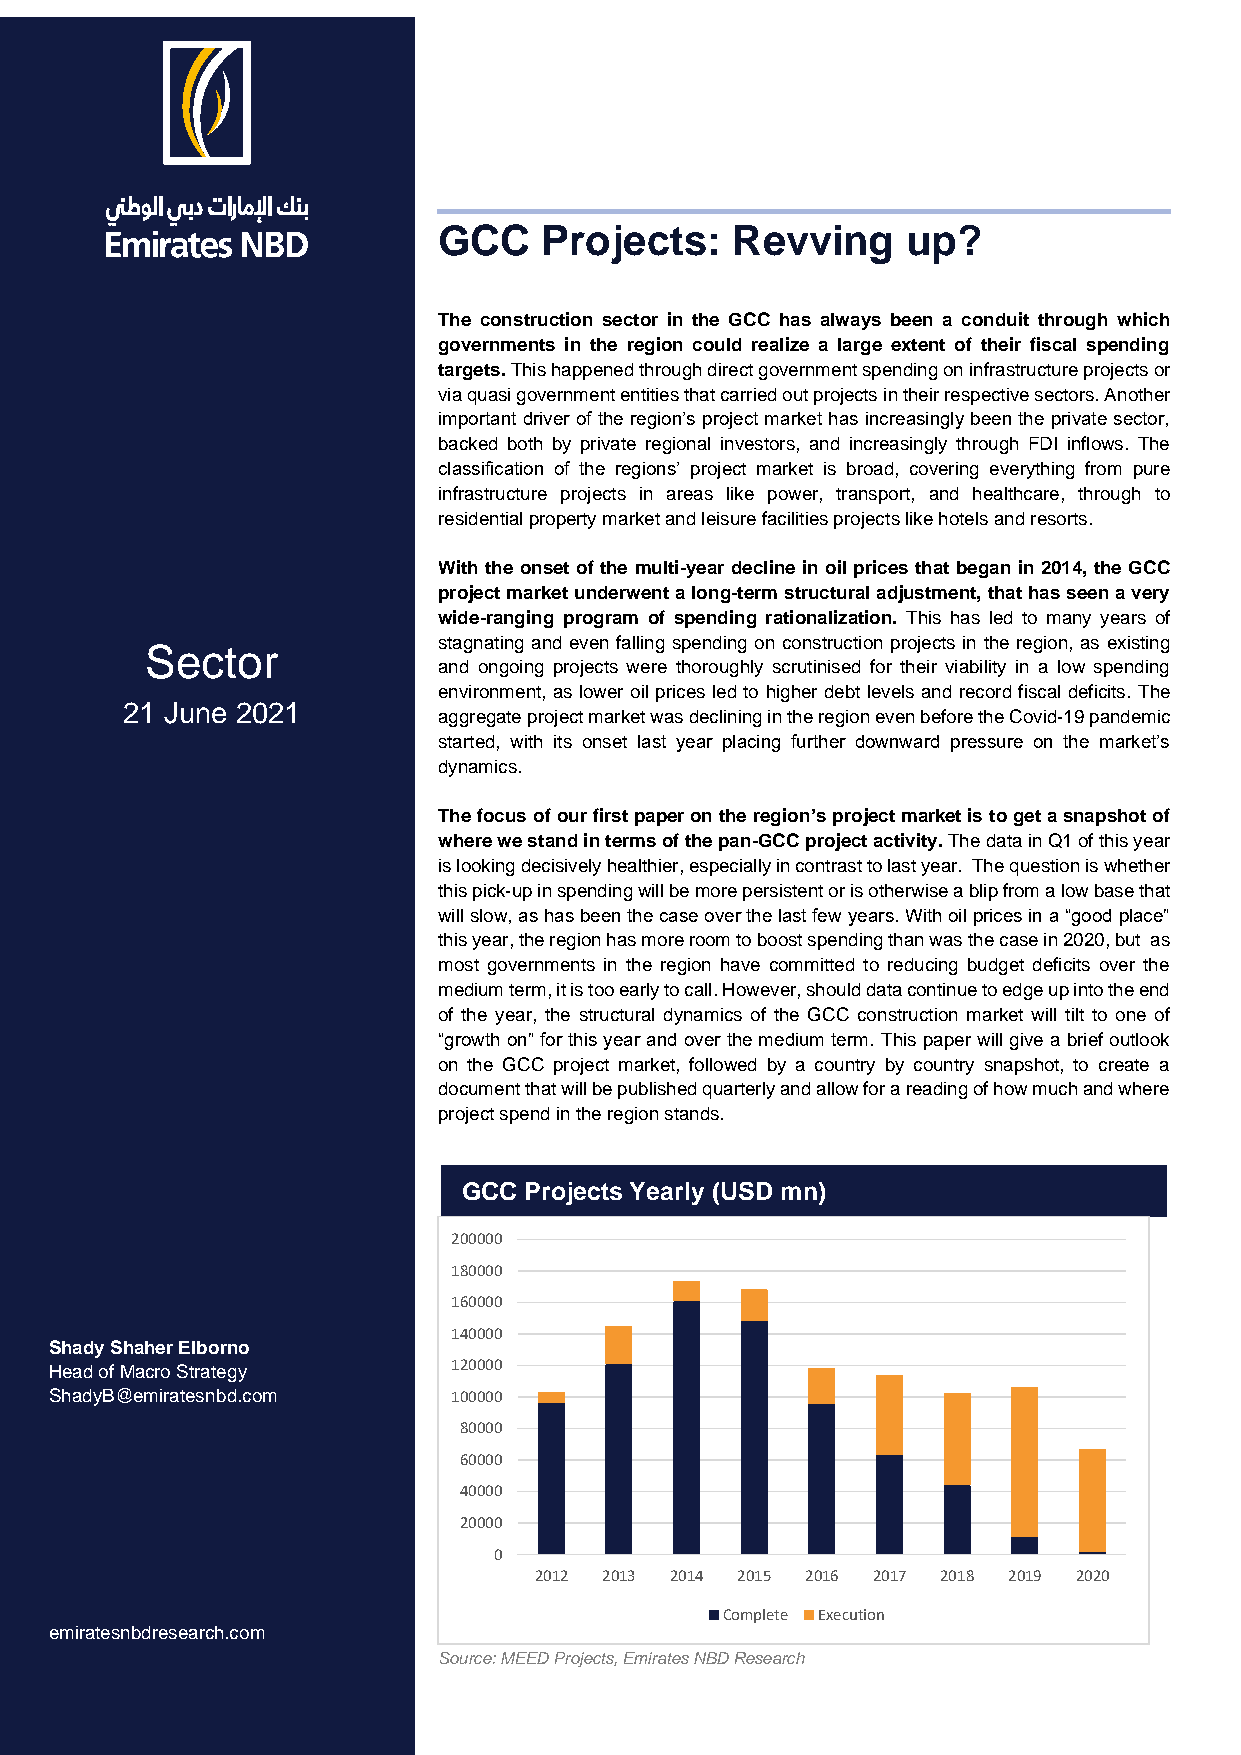
GCC    Projects:   Revving     up?
 The construction sector in the GCC has always been a conduit through which
 governments in the region could realize a large extent of their fiscal spending
 targets. This happened through direct government spending on infrastructure projects or
 via quasi government entities that carried out projects in their respective sectors. Another
 important driver of the region’s project market has increasingly been the private sector,
 backed both by private regional investors, and increasingly through FDI inflows. The
 classification of the regions’ project market is broad, covering everything from pure
 infrastructure projects in areas like power, transport, and healthcare, through to
 residential property market and leisure facilities projects like hotels and resorts.
 With the onset of the multi-year decline in oil prices that began in 2014, the GCC
 project market underwent a long-term structural adjustment, that has seen a very
 wide-ranging program of spending rationalization. This has led to many years of
 stagnating and even falling spending on construction projects in the region, as existing
 Sector
 and ongoing projects were thoroughly scrutinised for their viability in a low spending
 environment, as lower oil prices led to higher debt levels and record fiscal deficits. The
 21 June 2021
 aggregate project market was declining in the region even before the Covid-19 pandemic
 started, with its onset last year placing further downward pressure on the market’s
 dynamics.
 The focus of our first paper on the region’s project market is to get a snapshot of
 where we stand in terms of the pan-GCC project activity. The data in Q1 of this year
 is looking decisively healthier, especially in contrast to last year. The question is whether
 this pick-up in spending will be more persistent or is otherwise a blip from a low base that
 will slow, as has been the case over the last few years. With oil prices in a “good place”
 this year, the region has more room to boost spending than was the case in 2020, but as
 most governments in the region have committed to reducing budget deficits over the
 medium term, it is too early to call. However, should data continue to edge up into the end
 of the year, the structural dynamics of the GCC construction market will tilt to one of
 “growth on” for this year and over the medium term. This paper will give a brief outlook
 on the GCC project market, followed by a country by country snapshot, to create a
 document that will be published quarterly and allow for a reading of how much and where
 project spend in the region stands.
 GCC Projects Yearly (USD mn)
 200000
 180000
 160000
 140000
 Shady Shaher Elborno
 Head of Macro Strategy     120000
 ShadyB@emiratesnbd.com     100000
 80000
 60000
 40000
 20000
 0
 2012 2013 2014 2015 2016 2017 2018 2019 2020
 Complete Execution
 emiratesnbdresearch.com
 Source: MEED Projects, Emirates NBD Research